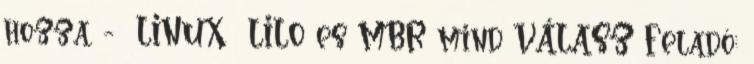
hozza. - LINUX LILO es MBR mind VÁLASZ Feladó: